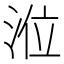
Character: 涖